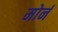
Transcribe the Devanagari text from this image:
मोर्न